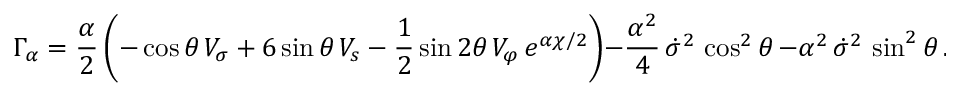
\Gamma _ { \alpha } = \frac { \alpha } { 2 } \left( - \cos \theta \, V _ { \sigma } + 6 \sin \theta \, V _ { s } - \frac { 1 } { 2 } \sin 2 \theta \, V _ { \varphi } \, e ^ { \alpha \chi / 2 } \right) - \frac { \alpha ^ { 2 } } { 4 } \, \dot { \sigma } ^ { 2 } \, \cos ^ { 2 } \theta \, - \alpha ^ { 2 } \, \dot { \sigma } ^ { 2 } \, \sin ^ { 2 } \theta \, .